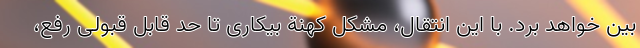
بین خواهد برد. با این انتقال، مشکل کهنة بیکاری تا حد قابل قبولی رفع،